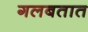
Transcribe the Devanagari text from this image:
गलबतात